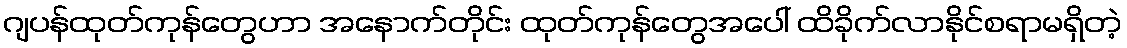
ဂျပန်ထုတ်ကုန်တွေဟာ အနောက်တိုင်း ထုတ်ကုန်တွေအပေါ် ထိခိုက်လာနိုင်စရာမရှိတဲ့